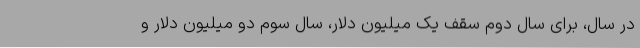
در سال، برای سال دوم سقف یک میلیون دلار، سال سوم دو میلیون دلار و